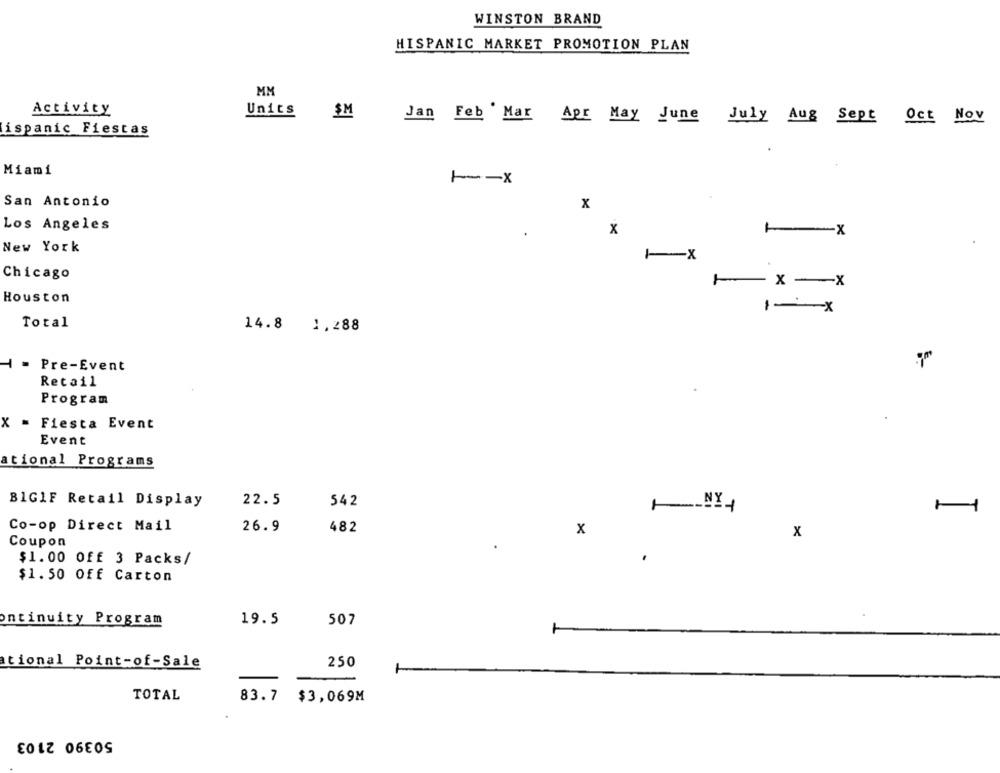
WINSTON BRAND
HISPANIC MARKET PROMOTION PLAN
MM
Activity
Units $M
Jan Feb Mar Apr May June July Aug Sept Oct Nov
ispanic Fiestas
Miami
San Antonio
x
Los Angeles
X
1x
New York
Chicago
-x-x
Houston
1- x
Total
14.8 1,288
4 - Pre-Event
Retail
Program
X = Fiesta Event
Event
ational Programs
BIG1F Retail Display
22.5
542
Co-op Direct Mail
26.9
482
x
x
Coupon
$1.00 Off 3 Packs/
$1.50 Off Carton
ontinuity Program
19.5
507
tional Point-of-Sale
250
TOTAL
83.7
$3,069M
50390 2103